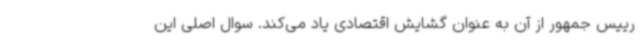
رییس جمهور از آن به عنوان گشایش اقتصادی یاد می‌کند. سوال اصلی این